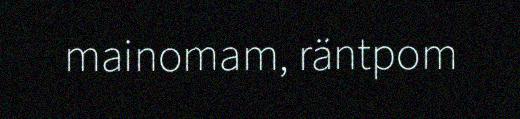
mainomam, räntpom